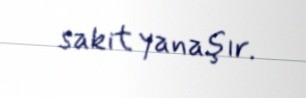
sakit yanaşır.